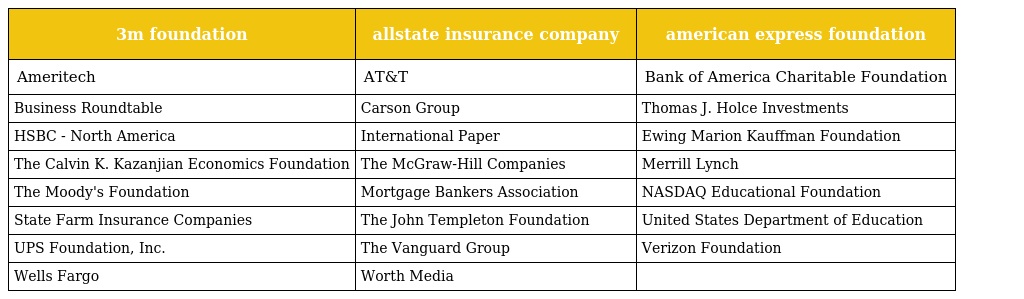
| 3m foundation | allstate insurance company | american express foundation |
 | --- | --- | --- |
 | Ameritech | AT&T | Bank of America Charitable Foundation |
 | Business Roundtable | Carson Group | Thomas J. Holce Investments |
 | HSBC - North America | International Paper | Ewing Marion Kauffman Foundation |
 | The Calvin K. Kazanjian Economics Foundation | The McGraw-Hill Companies | Merrill Lynch |
 | The Moody's Foundation | Mortgage Bankers Association | NASDAQ Educational Foundation |
 | State Farm Insurance Companies | The John Templeton Foundation | United States Department of Education |
 | UPS Foundation, Inc. | The Vanguard Group | Verizon Foundation |
 | Wells Fargo | Worth Media |  |